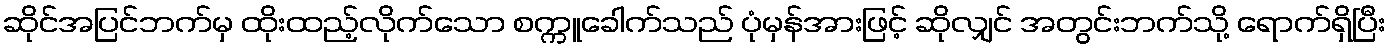
ဆိုင်အပြင်ဘက်မှ ထိုးထည့်လိုက်သော စက္ကူခေါက်သည် ပုံမှန်အားဖြင့် ဆိုလျှင် အတွင်းဘက်သို့ ရောက်ရှိပြီး